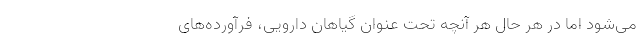
می‌شود اما در هر حال هر آنچه تحت عنوان گیاهان دارویی، فرآورده‌های